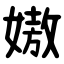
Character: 㜜